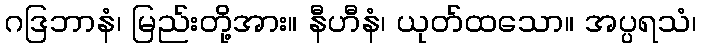
ဂဒြဘာနံ၊ မြည်းတို့အား။ နီဟီနံ၊ ယုတ်ထသော။ အပ္ပရသံ၊